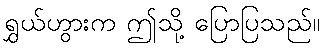
ရွှယ်ဟွားက ဤသို့ ပြောပြသည်။